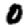
Digit: 0